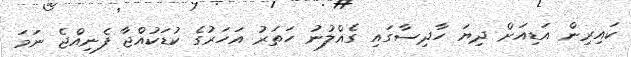
ކައިރިން އަޑިއަށް ދިޔަ ހާދިސާގައި ގެއްލުނު ހަތަރު އަހަރުގެ ކުޑަކުއްޖާ ފެނިއްޖެ ނަމަ